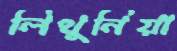
লিথুনিয়া